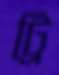
ট্রি